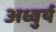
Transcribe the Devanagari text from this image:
अध्वुर्य